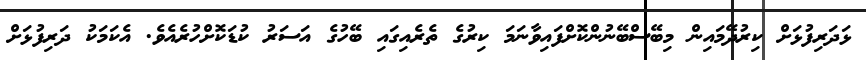
ޅަދަރިފުޅަށް ކިރުދޭމައިން މިބޭސްބޭނުންކޮށްފައިވާނަމަ ކިރުގެ ތެރެއިގައި ބޭހުގެ އަސަރު ކުޑަކޮށްހުރެއެވެ. އެކަމަކު ދަރިފުޅަށް